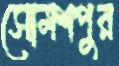
সোমশপুর